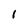
Character: 1